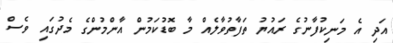
އަދި އެ މަނިކުފާނުގެ ރައުޔު ތަފާތުވާލެއް މާ ބޮޑުކަމުން އާންމުންގެ މެދުގައި ވެސް